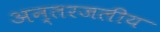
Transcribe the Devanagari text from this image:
अन्‍तरजलीय